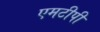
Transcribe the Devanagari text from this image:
एमटीपी